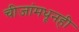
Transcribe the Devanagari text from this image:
चीजांमधूनही